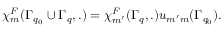
\chi _ { m } ^ { F } ( \Gamma _ { q _ { 0 } } \cup \Gamma _ { q } , . ) = \chi _ { m ^ { \prime } } ^ { F } ( \Gamma _ { q } , . ) u _ { m ^ { \prime } m } ( \Gamma _ { q _ { 0 } } ) .